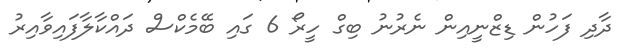
ދާދި ފަހުން ޑިޒްނީއިން ނެރުނު ބިގް ހީރޯ 6 ގައި ބޭމެކްސް ދައްކާލާފައިވާއިރު